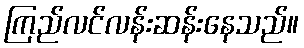
ကြည်လင်လန်းဆန်းနေသည်။